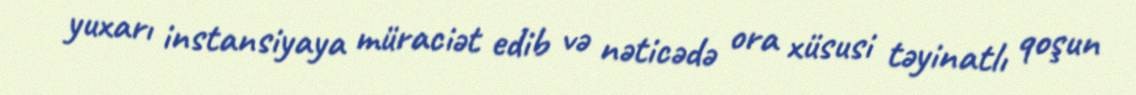
yuxarı instansiyaya müraciət edib və nəticədə ora xüsusi təyinatlı qoşun